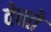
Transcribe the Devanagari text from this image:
वेचते